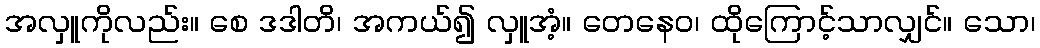
အလှူကိုလည်း။ စေ ဒဒါတိ၊ အကယ်၍ လှူအံ့။ တေနေဝ၊ ထိုကြောင့်သာလျှင်။ သော၊